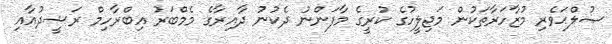
ޞުލްޙަވެރި މުޒާހަރާތަކުން މަޖިލީހުގެ ކުރީގެ މާފަންނު ދެކުނު ދާއިރާގެ މެމްބަރު އިބްރާހިމް ރަޝީދުއާއި